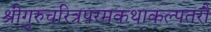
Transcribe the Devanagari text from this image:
श्रीगुरुचरित्रपरमकथाकल्पतरौ